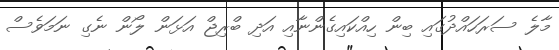
މާލެ ސަރަަހައްދުގައި ބިން ހިއްކައިގެންނާއި އަދި ބްރިޖް އަޅަން ލޯން ނެގި ނަމަވެސް